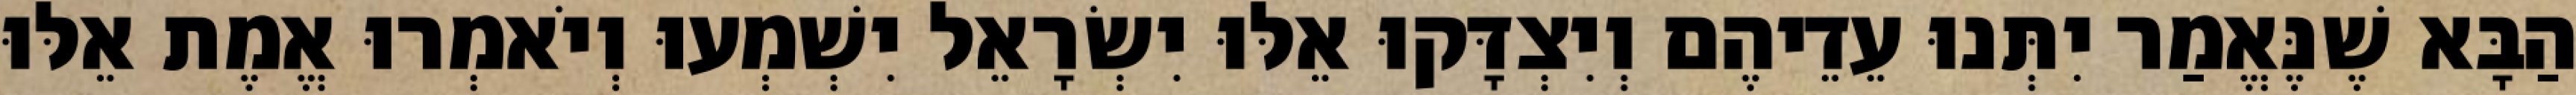
הַבָּא שֶׁנֶּאֱמַר יִתְּנוּ עֵדֵיהֶם וְיִצְדָּקוּ אֵלּוּ יִשְׂרָאֵל יִשְׁמְעוּ וְיֹאמְרוּ אֱמֶת אֵלּוּ